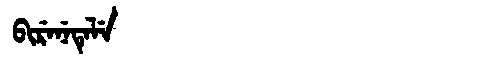
Manchu: ᠪᡳᡵᡝᠨᡝᡨᡝᠯᡝ
Romanization: BIRENETELE